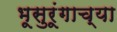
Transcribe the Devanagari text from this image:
भूसुरूंगाच्या